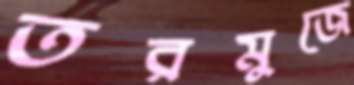
তরমুজে